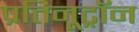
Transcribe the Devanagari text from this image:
प्रतिनूट्रॉन